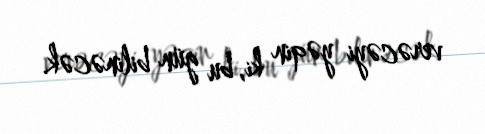
verəcəyi yəqin ki, bu gün bilinəcək.